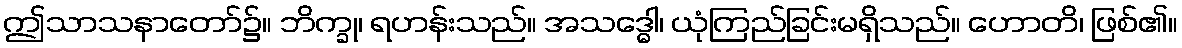
ဤသာသနာတော်၌။ ဘိက္ခု၊ ရဟန်းသည်။ အသဒ္ဓေါ၊ ယုံကြည်ခြင်းမရှိသည်။ ဟောတိ၊ ဖြစ်၏။